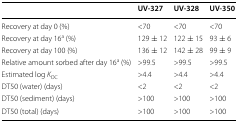
<table><thead><tr><td></td><td><b>UV-327</b></td><td><b>UV-328</b></td><td><b>UV-350</b></td></tr></thead><tbody><tr><td>Recovery at day 0 (%)</td><td>&lt;70</td><td>&lt;70</td><td>&lt;70</td></tr><tr><td>Recovery at day 16<sup>a</sup> (%)</td><td>129 ± 12</td><td>122 ± 15</td><td>93 ± 6</td></tr><tr><td>Recovery at day 100 (%)</td><td>136 ± 12</td><td>142 ± 28</td><td>99 ± 9</td></tr><tr><td>Relative amount sorbed after day 16<sup>a</sup> (%)</td><td>&gt;99.5</td><td>&gt;99.5</td><td>&gt;99.5</td></tr><tr><td>Estimated log <i>K</i><sub>OC</sub></td><td>&gt;4.4</td><td>&gt;4.4</td><td>&gt;4.4</td></tr><tr><td>DT50 (water) (days)</td><td>&lt;2</td><td>&lt;2</td><td>&lt;2</td></tr><tr><td>DT50 (sediment) (days)</td><td>&gt;100</td><td>&gt;100</td><td>&gt;100</td></tr><tr><td>DT50 (total) (days)</td><td>&gt;100</td><td>&gt;100</td><td>&gt;100</td></tr></tbody></table>